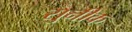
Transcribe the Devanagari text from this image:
सुनीक